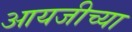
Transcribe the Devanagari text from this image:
आयजीच्या